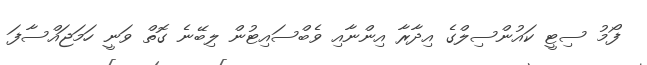
ފޯމު ސިޓީ ކައުންސިލްގެ އިދާރާ އިންނާއި ވެބްސައިޓުން ލިބޭނެ ގޮތް ވަނީ ހަމަޖައްސާފަ